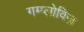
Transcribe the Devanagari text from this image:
गम्प्लोविज़